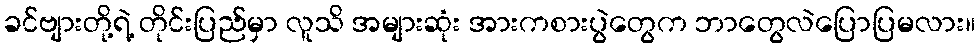
ခင်ဗျားတို့ရဲ့ တိုင်းပြည်မှာ လူသိ အများဆုံး အားကစားပွဲတွေက ဘာတွေလဲပြောပြမလား။